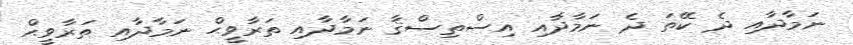
ނަމާދާއި ދެ ކޭތަ ދެ ނަމާދާއި އިސްތިސްޤާ ނަމާދާއި ތަރާވީޙް ނަމާދާއި ތަރާވީޙް